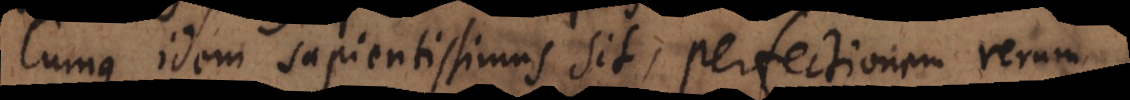
Cumque idem sapientissimus sit, perfectionem rerum